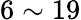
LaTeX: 6\sim 19